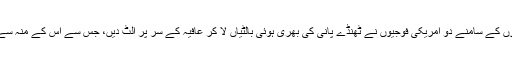
اتنی خوفناک سردی میں ہماری آنکھوں کے سامنے دو امریکی فوجیوں نے ٹھنڈے پانی کی بھری ہوئی بالٹیاں لا کر عافیہ کے سر پر الٹ دیں، جس سے اس کے منہ سے اذیت اور کرب بھری چیخیں نکلیں۔